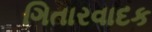
ગિતારવાદક